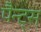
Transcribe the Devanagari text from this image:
पैन्ट्स